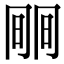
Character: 𣇱